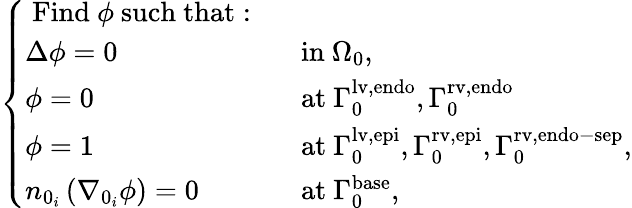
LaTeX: \left\{ \begin{array}{ll}{\mathrm{~Find~}\phi\mathrm{~such~that:~}}&\\ {\Delta\phi=0}&{\mathrm{~in~}{\Omega}_{0},}\\ {\phi=0}&{\mathrm{~at~}{\Gamma}_{0}^{\mathrm{{lv,endo}}},{\Gamma}_{0}^{\mathrm{rv,endo}}}\\ {\phi=1}&{\mathrm{~at~}{\Gamma}_{0}^{\mathrm{{lv,epi}}},{\Gamma}_{0}^{\mathrm{rv,epi}},{\Gamma}_{0}^{\mathrm{{rv,endo-sep}}},}\\ {n_{0_{i}}\left(\nabla_{0_{i}}\phi\right)=0}&{\mathrm{~at~}{\Gamma}_{0}^{\mathrm{base}},}\end{array}\right.